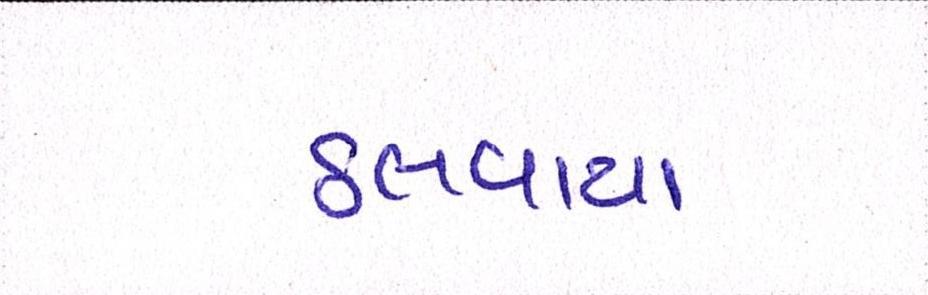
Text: ઠલવાયા